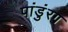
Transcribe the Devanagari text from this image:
पांडुंरग